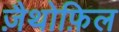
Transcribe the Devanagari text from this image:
ज़ैथोफ़िल